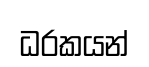
ධරකයන්